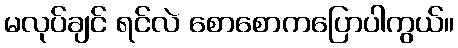
မလုပ်ချင် ရင်လဲ စောစောကပြောပါကွယ်။